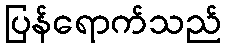
ပြန်ရောက်သည်